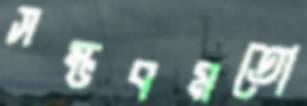
সম্ভবমতো